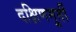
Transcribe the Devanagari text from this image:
दक्षिणमूर्ती